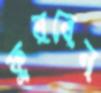
ফুরবেন